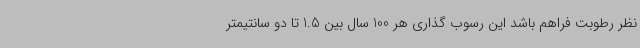
نظر رطوبت فراهم باشد این رسوب گذاری هر 100 سال بین 1.5 تا دو سانتیمتر